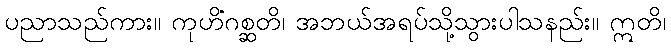
ပညာသည်ကား။ ကုဟိံဂစ္ဆတိ၊ အဘယ်အရပ်သို့သွားပါသနည်း။ ဣတိ၊